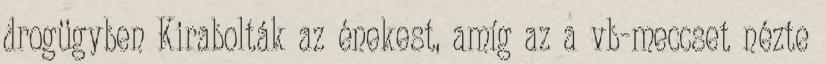
drogügyben Kirabolták az énekest, amíg az a vb-meccset nézte